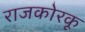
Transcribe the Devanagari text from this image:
राजकोरकू